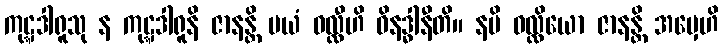
ကုဋ္ဋဒါရူသု န ကုဋ္ဋဒါရူနိ ဇာနန္တိ မယံ ဝလ္လီဟိ ဝိနဒ္ဓါနီတိ။ နပိ ဝလ္လိယော ဇာနန္တိ အမှေဟိ